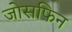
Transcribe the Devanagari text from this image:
जोसफिन